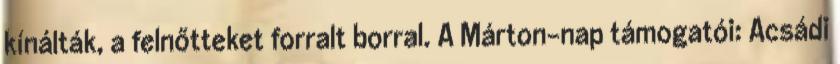
kínálták, a felnőtteket forralt borral. A Márton-nap támogatói: Acsádi